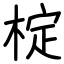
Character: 椗